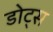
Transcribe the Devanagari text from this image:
डोट्स